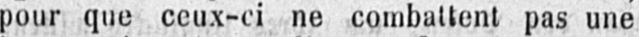
pour que ceux-ci ne combattent pas une